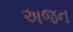
અજન